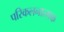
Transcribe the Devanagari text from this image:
परिकलनात्मक